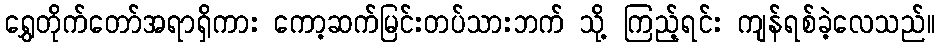
ရွှေတိုက်တော်အရာရှိကား ကော့ဆက်မြင်းတပ်သားဘက် သို့ ကြည့်ရင်း ကျန်ရစ်ခဲ့လေသည်။